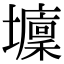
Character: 𡓔